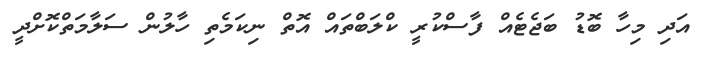
އަދި މިހާ ބޮޑު ބަޖެޓެއް ފާސްކުރީ ކްލަބްތައް އޮތް ނިކަމެތި ހާލުން ސަލާމަތްކޮށްދީ